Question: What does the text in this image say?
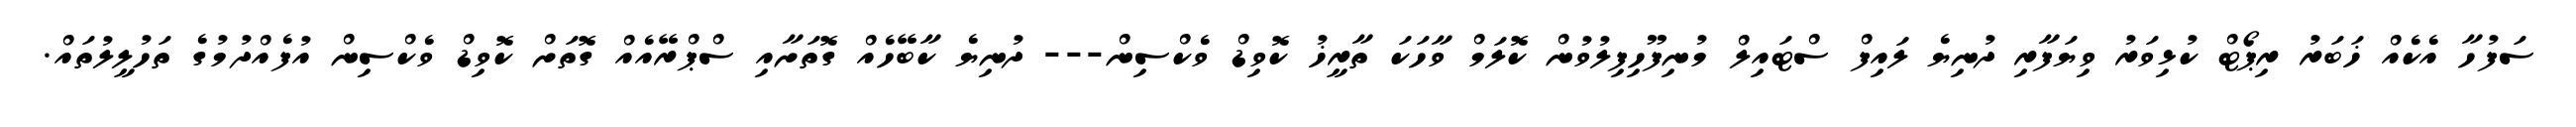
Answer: ސަފުހާ އެކެއް ޚަބަރު ރިޕޯޓް ކުޅިވަރު ވިޔަފާރި ދުނިޔެ ލައިފް ސްޓައިލް މުނިފޫހިފިލުވުން ކޮލަމް ވާހަކަ ތާރީޚު ކޮވިޑް ވެކްސިން--- ދުނިޔެ ކާބޭހެއް ގޮތަށާއި ސްޕްރޭއެއް ގޮތަށް ކޮވިޑް ވެކްސިން އުފެއްދުމުގެ ތަހުލީލުތައް.